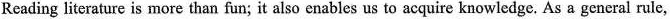
Reading literature is more than fun; it also enables us to acquire knowledge. As a general rule,